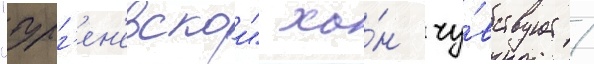
"тург'ен'евскои" ха́н чу́вствует /